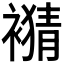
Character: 𧜹